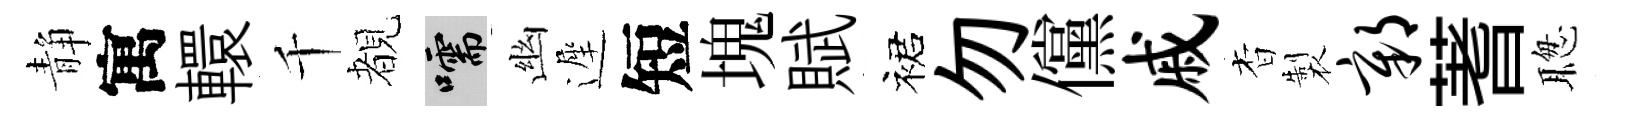
静寓轘千覩嚅幽遲短塊賦裙勿儻戚杳製鄣蓍聦